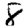
Digit: 8